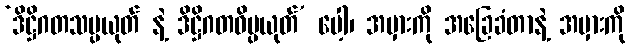
‘ဒိဋ္ဌိဂတသမ္ပယုတ် နဲ့ ဒိဋ္ဌိဂတဝိပ္ပယုတ်’ ပေါ့၊ အမှားကို အခြေခံတာနဲ့ အမှားကို